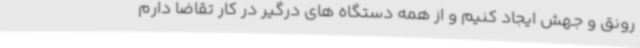
رونق و جهش ایجاد کنیم و از همه دستگاه های درگیر در کار تقاضا دارم